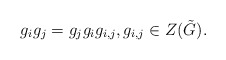
\begin{align*} g_ig_j=g_jg_ig_{i,j}, g_{i,j}\in Z(\tilde{G}).\end{align*}